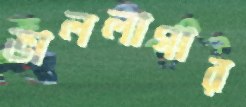
ভাললাগার